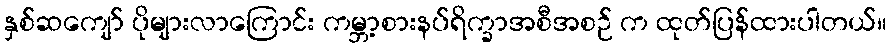
နှစ်ဆကျော် ပိုများလာကြောင်း ကမ္ဘာ့စားနပ်ရိက္ခာအစီအစဉ် က ထုတ်ပြန်ထားပါတယ်။